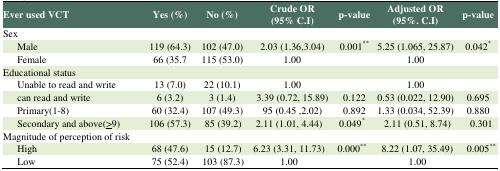
<table><thead><tr><td><b>Ever used VCT</b></td><td><b>Yes (%)</b></td><td><b>No (%)</b></td><td><b>Crude OR (95% C.I)</b></td><td><b>p-value</b></td><td><b>Adjusted OR (95%. C.I)</b></td><td><b>p-value</b></td></tr></thead><tbody><tr><td>Sex</td><td></td><td></td><td></td><td></td><td></td><td></td></tr><tr><td>Male</td><td>119 (64.3)</td><td>102 (47.0)</td><td>2.03 (1.36,3.04)</td><td>0.001**</td><td>5.25 (1.065, 25.87)</td><td>0.042*</td></tr><tr><td>Female</td><td>66 (35.7</td><td>115 (53.0)</td><td>1.00</td><td></td><td>1.00</td><td></td></tr><tr><td>Educational status</td><td></td><td></td><td></td><td></td><td></td><td></td></tr><tr><td>Unable to read and write</td><td>13 (7.0)</td><td>22 (10.1)</td><td>1.00</td><td></td><td>1.00</td><td></td></tr><tr><td>can read and write</td><td>6 (3.2)</td><td>3 (1.4)</td><td>3.39 (0.72, 15.89)</td><td>0.122</td><td>0.53 (0.022, 12.90)</td><td>0.695</td></tr><tr><td>Primary(1-8)</td><td>60 (32.4)</td><td>107 (49.3)</td><td>95 (0.45 ,2.02)</td><td>0.892</td><td>1.33 (0.034, 52.39)</td><td>0.880</td></tr><tr><td>Secondary and above(<underline>&gt;</underline>9)</td><td>106 (57.3)</td><td>85 (39.2)</td><td>2.11 (1.01, 4.44)</td><td>0.049*</td><td>2.11 (0.51, 8.74)</td><td>0.301</td></tr><tr><td>Magnitude of perception of risk</td><td></td><td></td><td></td><td></td><td></td><td></td></tr><tr><td>High</td><td>68 (47.6)</td><td>15 (12.7)</td><td>6.23 (3.31, 11.73)</td><td>0.000**</td><td>8.22 (1.07, 35.49)</td><td>0.005**</td></tr><tr><td>Low</td><td>75 (52.4)</td><td>103 (87.3)</td><td>1.00</td><td></td><td>1.00</td><td></td></tr></tbody></table>